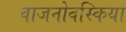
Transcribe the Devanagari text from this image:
वाजनोवस्किया